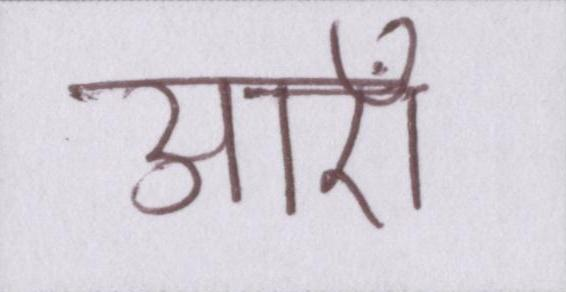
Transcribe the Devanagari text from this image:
आएँ